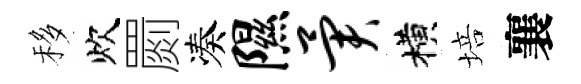
移炊罽凑隰异横培襄